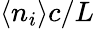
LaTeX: \langle n_{i}\rangle c/L